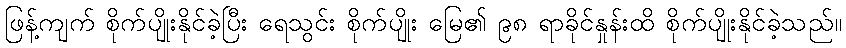
ဖြန့်ကျက် စိုက်ပျိုးနိုင်ခဲ့ပြီး ရေသွင်း စိုက်ပျိုး မြေ၏ ၉၈ ရာခိုင်နှုန်းထိ စိုက်ပျိုးနိုင်ခဲ့သည်။